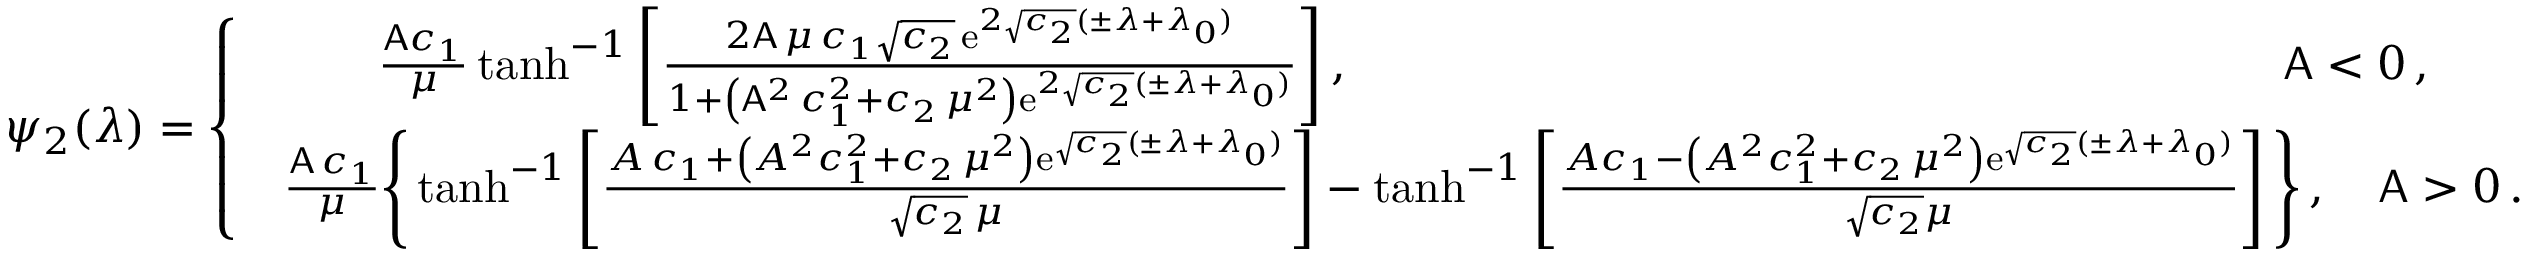
\psi _ { 2 } ( \lambda ) = \left\{ \begin{array} { l l } { \begin{array} { c } { \frac { \mathsf { A } c _ { 1 } } { \mu } \operatorname { t a n h } ^ { - 1 } \left[ \frac { 2 \mathsf { A } \, \mu \, c _ { 1 } \sqrt { c _ { 2 } } \, \mathrm { e } ^ { 2 \sqrt { c _ { 2 } } ( \pm \lambda + \lambda _ { 0 } ) } } { 1 + \left( \mathsf { A } ^ { 2 } \, c _ { 1 } ^ { 2 } + c _ { 2 } \, \mu ^ { 2 } \right) \mathrm { e } ^ { 2 \sqrt { c _ { 2 } } ( \pm \lambda + \lambda _ { 0 } ) } } \right] , \qquad \qquad \qquad \qquad \qquad \qquad \qquad \qquad \qquad \qquad \mathsf { A } < 0 \, , } \\ { \frac { \mathsf { A } \, c _ { 1 } } { \mu } \Bigg \{ \operatorname { t a n h } ^ { - 1 } \left[ \frac { A \, c _ { 1 } + \left( A ^ { 2 } c _ { 1 } ^ { 2 } + c _ { 2 } \, \mu ^ { 2 } \right) \mathrm { e } ^ { \sqrt { c _ { 2 } } ( \pm \lambda + \lambda _ { 0 } ) } } { \sqrt { c _ { 2 } } \, \mu } \right] - \operatorname { t a n h } ^ { - 1 } \left[ \frac { A c _ { 1 } - \left( A ^ { 2 } c _ { 1 } ^ { 2 } + c _ { 2 } \, \mu ^ { 2 } \right) \mathrm { e } ^ { \sqrt { c _ { 2 } } ( \pm \lambda + \lambda _ { 0 } ) } } { \sqrt { c _ { 2 } } \mu } \right] \Bigg \} \, , \quad \mathsf { A } > 0 \, . } \end{array} } \end{array} \right.